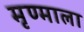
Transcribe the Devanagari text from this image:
मृण्माला